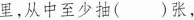
里，从中至少抽( )张，